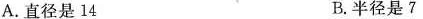
A.直径是14 B.半径是7